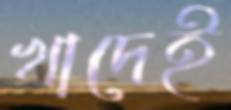
খাদেই